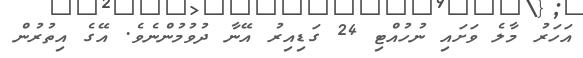
އަހަރު މާލެ ވަށައި ނުހުއްޓި 24 ގަޑިއިރު އޭނާ ދުވުމުންނެވެ. އޭގެ އިތުރުން